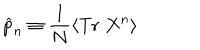
\widehat { p } _ { n } \equiv \frac { 1 } { N } \left\langle \mathrm { T r } \; X ^ { n } \right\rangle